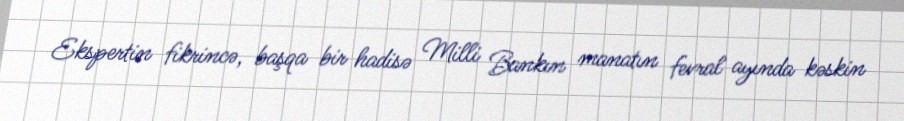
Ekspertin fikrincə, başqa bir hadisə Milli Bankın manatın fevral ayında kəskin